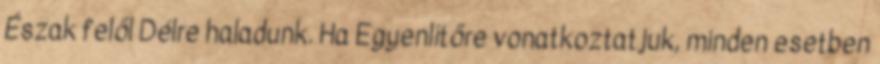
Észak felől Délre haladunk. Ha Egyenlítőre vonatkoztatjuk, minden esetben